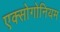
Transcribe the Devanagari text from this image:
एक्सोगोनियम